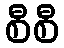
စီစီ